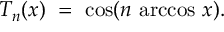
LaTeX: T _ { n } ( x ) \ = \ \cos ( n \, \operatorname { a r c c o s } \, x ) .